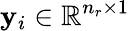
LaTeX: \mathbf{y}_{i}\in\mathbb{R}^{n_{r}\times 1}